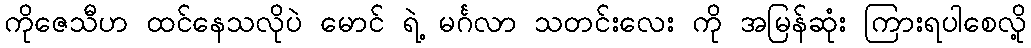
ကိုဇေသီဟ ထင်နေသလိုပဲ မောင် ရဲ့ မင်္ဂလာ သတင်းလေး ကို အမြန်ဆုံး ကြားရပါစေလို့